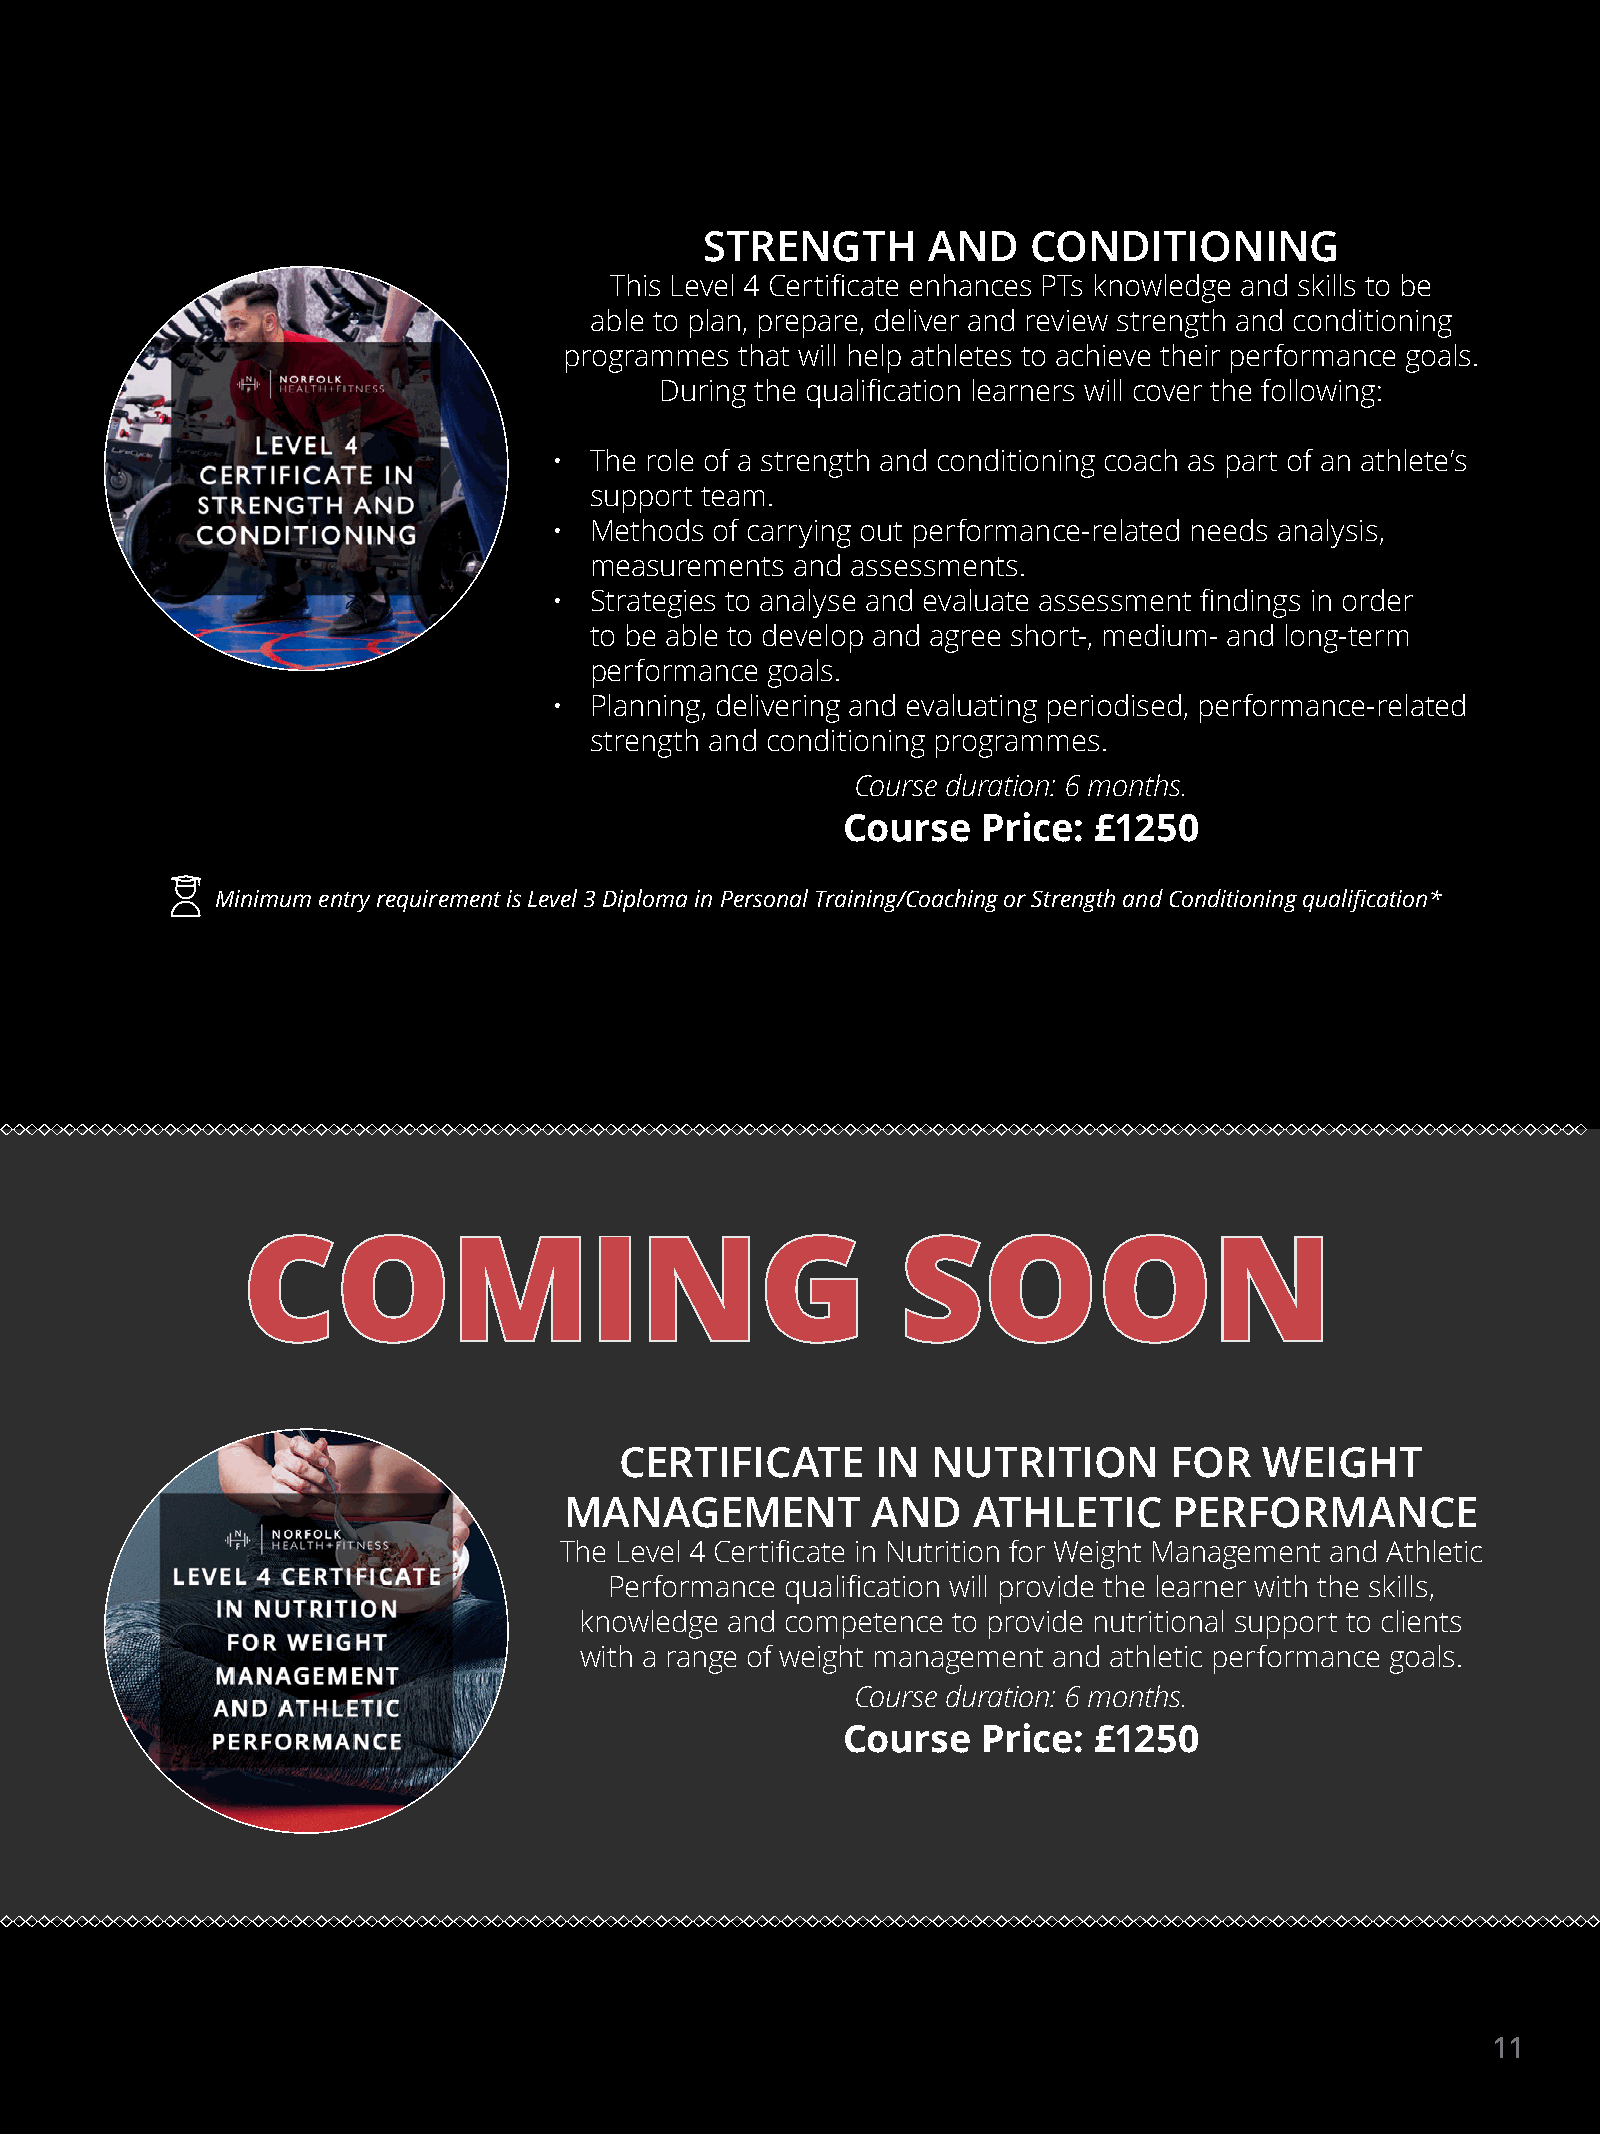
STRENGTH      AND    CONDITIONING
 This Level 4 Certificate enhances PTs knowledge and skills to be
 able to plan, prepare, deliver and review strength and conditioning
 programmes  that will help athletes to achieve their performance goals.
 During the qualification learners will cover the following:
 • The role of a strength and conditioning coach as part of an athlete’s
 support team.
 • Methods of carrying out performance-related needs analysis,
 measurements  and assessments.
 • Strategies to analyse and evaluate assessment findings in order
 to be able to develop and agree short-, medium- and long-term
 performance goals.
 • Planning, delivering and evaluating periodised, performance-related
 strength and conditioning programmes.
 Course duration: 6 months.
 Course   Price: £1250
 Minimum entry requirement is Level 3 Diploma in Personal Training/Coaching or Strength and Conditioning qualification*
 CCOOMMIINNGG                                SSOOOONN
 CERTIFICATE      IN  NUTRITION       FOR   WEIGHT
 MANAGEMENT           AND   ATHLETIC      PERFORMANCE
 The Level 4 Certificate in Nutrition for Weight Management and Athletic
 Performance qualification will provide the learner with the skills,
 knowledge and competence to provide nutritional support to clients
 with a range of weight management and athletic performance goals.
 Course duration: 6 months.
 Course   Price: £1250
 11